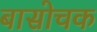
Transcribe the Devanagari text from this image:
बासोचक